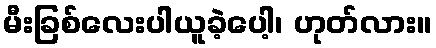
မီးခြစ်လေးပါယူခဲ့ပေါ့၊ ဟုတ်လား။